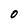
Character: 0